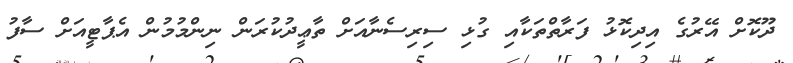
ދޫކޮށް އޭރުގެ އިދިކޮޅު ފަރާތްތަކާއި ގުޅި ސިރިސެނާއަށް ތާޢީދުކުރަން ނިންމުމުން އެޕާޓީއަށް ސާފު